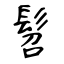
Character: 髫